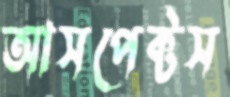
আসপেক্টস